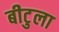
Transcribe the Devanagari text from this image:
बीटुला